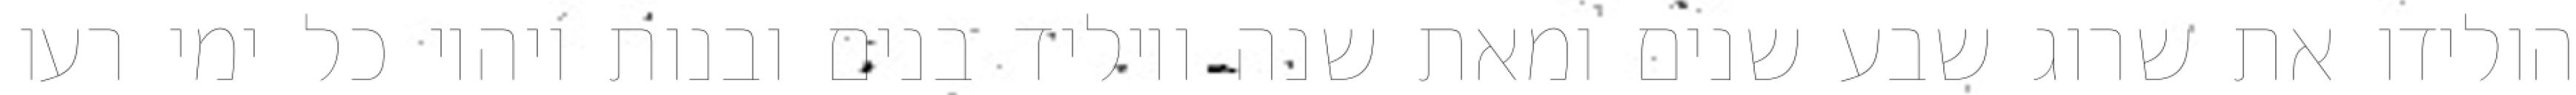
הולידו את שרוג שבע שנים ומאת שנה ויוליד בנים ובנות ויהיו כל ימי רעו